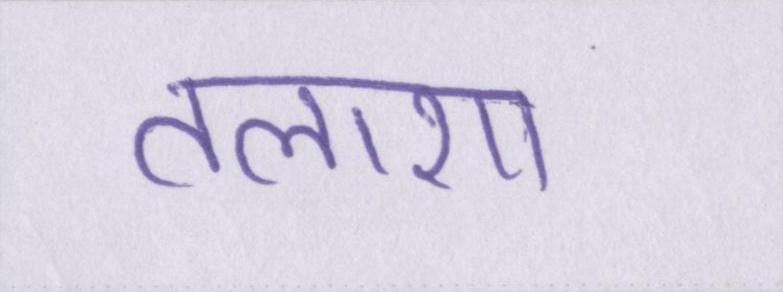
तलाशा